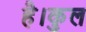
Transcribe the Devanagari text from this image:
है।कुल